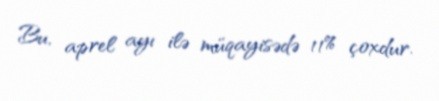
Bu, aprel ayı ilə müqayisədə 11% çoxdur.